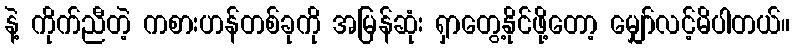
နဲ့ ကိုက်ညီတဲ့ ကစားဟန်တစ်ခုကို အမြန်ဆုံး ရှာတွေ့နိုင်ဖို့တော့ မျှော်လင့်မိပါတယ်။